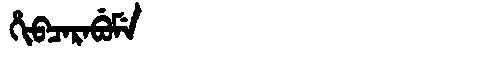
Manchu: ᡥᡳᠪᠴᠠᡵᠠᠪᡠᠮᡝ
Romanization: HIBCARABUME